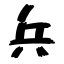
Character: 兵